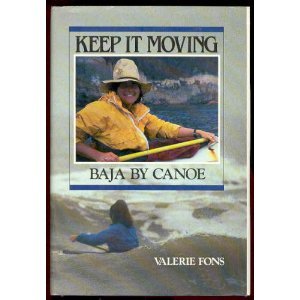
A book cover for Keep It Moving: Baja by Canoe; Valerie Fons; Sports & Outdoors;